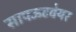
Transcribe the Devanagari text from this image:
सापऊटवेयर